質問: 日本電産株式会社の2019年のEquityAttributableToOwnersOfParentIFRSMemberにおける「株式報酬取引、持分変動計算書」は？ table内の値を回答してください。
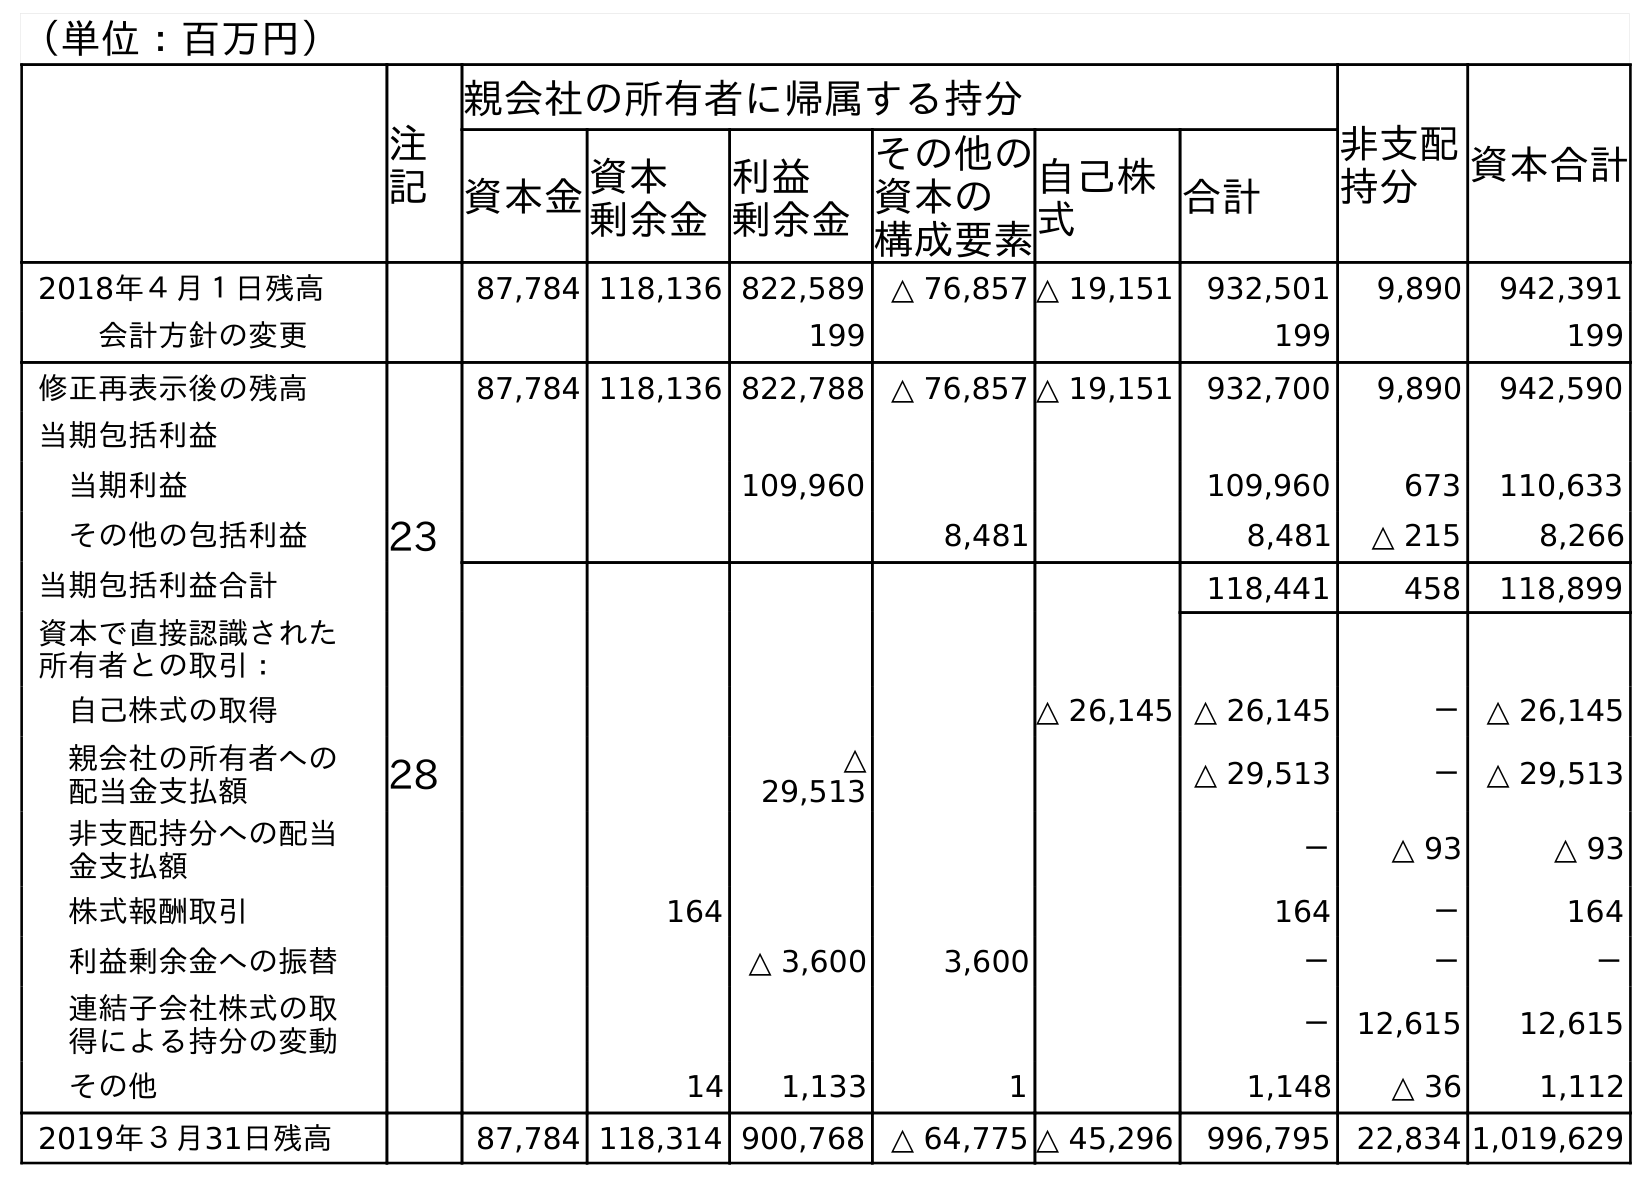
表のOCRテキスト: （単位：百万円） 注 記 親会社の所有者に帰属する持分 非支配 持分 資本合計 資本金資本 剰余金 利益 剰余金 その他の 資本の 構成要素 自己株 式 合計 2018年４月１日残高 87,784 118,136 822,589 △ 76,857 △ 19,151 932,501 9,890 942,391 会計方針の変更 199 199 199 修正再表示後の残高 87,784 118,136 822,788 △ 76,857 △ 19,151 932,700 9,890 942,590 当期包括利益 当期利益 109,960 109,960 673 110,633 その他の包括利益 23 8,481 8,481 △ 215 8,266 当期包括利益合計 118,441 458 118,899 資本で直接認識された 所有者との取引： 自己株式の取得 △ 26,145 △ 26,145 － △ 26,145 親会社の所有者への 配当金支払額 28 △ 29,513 △ 29,513 － △ 29,513 非支配持分への配当 金支払額 － △ 93 △ 93 株式報酬取引 164 164 － 164 利益剰余金への振替 △ 3,600 3,600 － － － 連結子会社株式の取 得による持分の変動 － 12,615 12,615 その他 14 1,133 1 1,148 △ 36 1,112 2019年３月31日残高 87,784 118,314 900,768 △ 64,775 △ 45,296 996,795 22,834 1,019,629
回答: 164